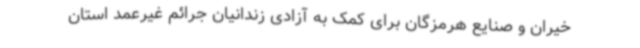
خیران و صنایع هرمزگان برای کمک به آزادی زندانیان جرائم غیرعمد استان